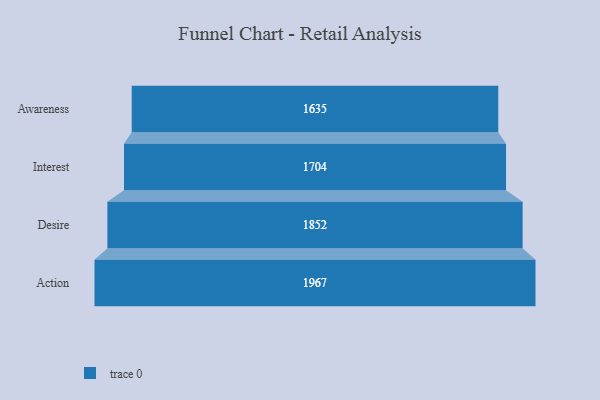
{"axis": {"x": "Stage", "y": "Value"}, "legend": [""], "data": [{"x": "Awareness", "y": 1635.0, "type": ""}, {"x": "Interest", "y": 1704.0, "type": ""}, {"x": "Desire", "y": 1852.0, "type": ""}, {"x": "Action", "y": 1967.0, "type": ""}]}